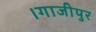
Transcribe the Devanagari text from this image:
।गाजीपुर